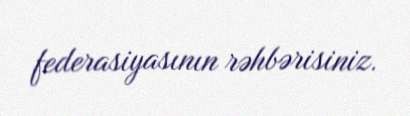
federasiyasının rəhbərisiniz.